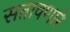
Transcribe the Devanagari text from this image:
सतावणारे